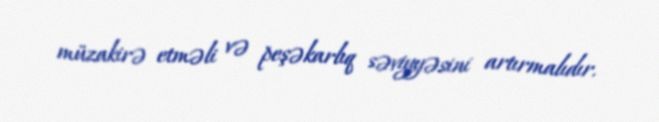
müzakirə etməli və peşəkarlıq səviyyəsini artırmalıdır.